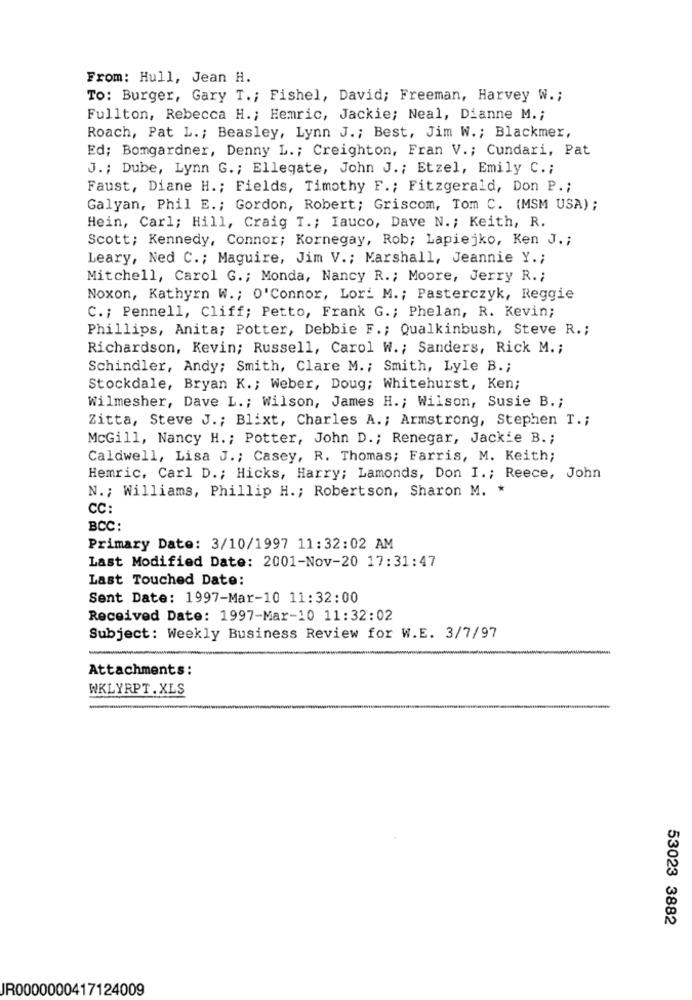
From: Hull, Jean H.
To: Burger, Gary T .; Fishel, David; Freeman, Harvey W .;
Fullton, Rebecca H .; Hemric, Jackie; Neal, Dianne M .;
Roach, Pat L .; Beasley, Lynn J .; Best, Jim W .; Blackmer,
Ed; Bomgardner, Denny L .; Creighton, Fran V .; Cundari, Pat
J .; Dube, Lynn G .; Ellegate, John J .; Etzel, Emily C .;
Faust, Diane H .; Fields, Timothy F .; Fitzgerald, Don P .;
Galyan, Phil E .; Gordon, Robert; Griscom, Tom C. (MSM USA);
Hein, Carl; Hill, Craig I .; Iauco, Dave N. ; Keith, R.
Scott; Kennedy, Connor; Kornegay, Rob; Lapiejko, Ken J .;
Leary, Ned C .; Maguire, Jim V .; Marshall, Jeannie Y .;
Mitchell, Carol G .; Monda, Nancy R .; Moore, Jerry R .;
Noxon, Kathyrn W .; O'Connor, Lori M .; Pasterczyk, Reggie
C .; Pennell, Cliff; Petto, Frank G .; Phelan, R. Kevin;
Phillips, Anita; Potter, Debbie F .; Qualkinbush, Steve R .;
Richardson, Kevin; Russell, Carol W .; Sanders, Rick M. ;
Schindler, Andy; Smith, Clare M .; Smith, Lyle B .;
Stockdale, Bryan K .; Weber, Doug; Whitehurst, Ken;
Wilmesher, Dave L .; Wilson, James H .; Wilson, Susie B .;
Zitta, Steve J .; Blixt, Charles A .; Armstrong, Stephen T .;
McGill, Nancy H .; Potter, John D .; Renegar, Jackie B .;
Caldwell, Lisa J .; Casey, R. Thomas; Farris, M. Keith;
Hemric, Carl D .; Hicks, Harry; Lamonds, Don I .; Reece, John
N .; Williams, Phillip H .; Robertson, Sharon M.
CC:
BCC:
Primary Date: 3/10/1997 11:32:02 AM
Last Modified Date: 2001-Nov-20 17:31:47
Last Touched Date:
Sent Date: 1997-Mar-10 11:32:00
Received Date: 1997-Mar-10 11:32:02
Subject: Weekly Business Review for W.E. 3/7/97
Attachments:
WKLYRPT. XLS
53023 3882
JR0000000417124009